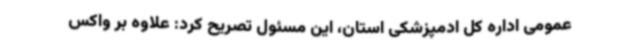
عمومی اداره کل ادمپزشکی استان، این مسئول تصریح کرد: علاوه بر واکس